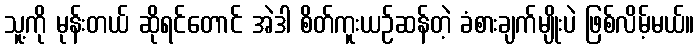
သူ့ကို မုန်းတယ် ဆိုရင်တောင် အဲဒါ စိတ်ကူးယဉ်ဆန်တဲ့ ခံစားချက်မျိုးပဲ ဖြစ်လိမ့်မယ်။